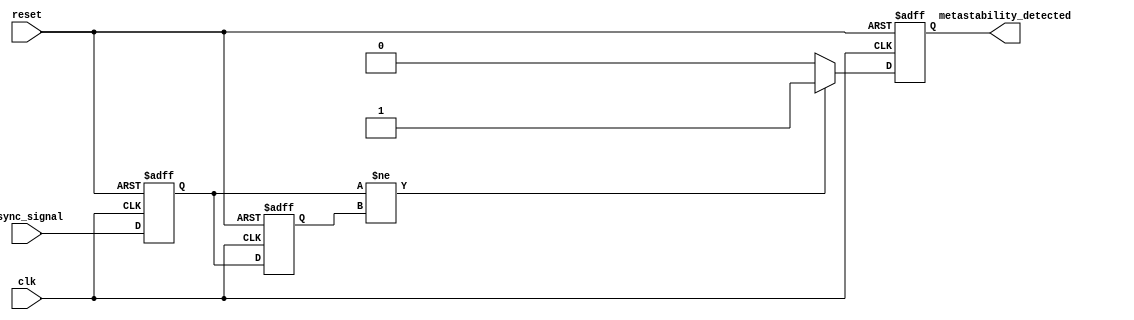
module MetastabilityDetector (
    input wire clk,               // Clock signal
    input wire reset,             // Reset signal
    input wire async_signal,      // Asynchronous input signal
    output reg metastability_detected // Metastability detection output
);

    // Internal signals for latch outputs
    reg latch1_out;
    reg latch2_out;

    // Memory Block (can be implemented as a simple register array)
    reg [1:0] memory_block; // Storing outputs of two latches

    // Latch-based sampling process
    always @(posedge clk or posedge reset) begin
        if (reset) begin
            latch1_out <= 1'b0;
            latch2_out <= 1'b0;
            memory_block <= 2'b00;
            metastability_detected <= 1'b0;
        end else begin
            // Sample the input signal with two latches
            latch1_out <= async_signal;        // First latch
            latch2_out <= latch1_out;          // Second latch

            // Store the outputs in the memory block
            memory_block <= {latch2_out, latch1_out};

            // Detect metastability: check if latch1 and latch2 are different
            if (latch1_out != latch2_out) begin
                metastability_detected <= 1'b1; // Metastable condition detected
            end else begin
                metastability_detected <= 1'b0; // No metastability
            end
        end
    end

endmodule